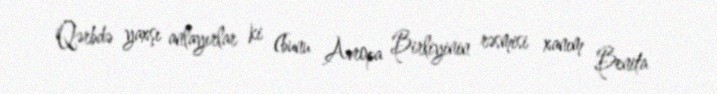
Qərbdə yaxşı anlayırlar ki (bunu Avropa Birliyinin rəsmisi xanım Benita